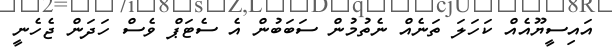
އައިސީޔޫއެއް ކަހަލަ ތަނެއް ނެތުމުން ސަބަބުން އެ ސެޓަޕް ވެސް ހަދަން ޖެހެނީ